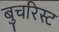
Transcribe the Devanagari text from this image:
बुचरिस्ट